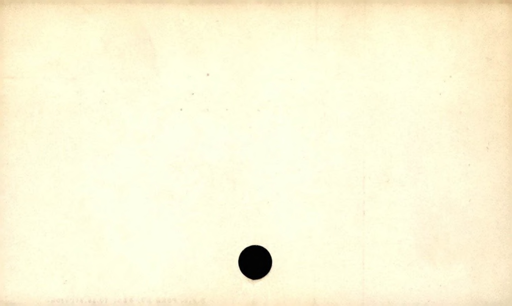
Label: blank